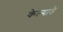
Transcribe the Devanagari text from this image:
केल्यातें